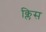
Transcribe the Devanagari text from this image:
क्लिस